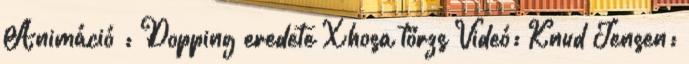
Animáció : Dopping eredete Xhosa törzs Videó: Knud Jensen: